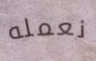
نعمله